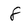
Character: 8